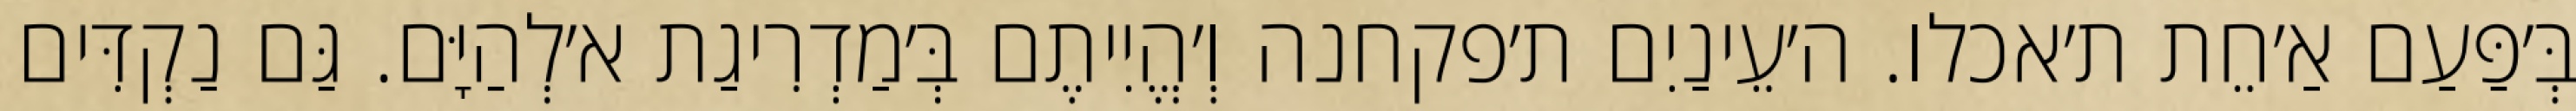
בְּ׳פַּעַם אַ׳חֵת ת׳אכלו. ה׳עֵינַיִם ת׳פקחנה וְ׳הֱיִיתֶם בְּ׳מַדְרִיגַת א׳לְהַיָּם. גַּם נַקְדִּים